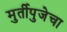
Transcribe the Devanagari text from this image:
मुर्तीपुजेचा